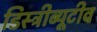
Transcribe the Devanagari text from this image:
डिस्ट्रीब्यूटीव